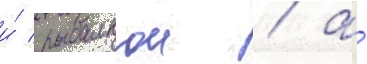
и́ рыбалкои / а́